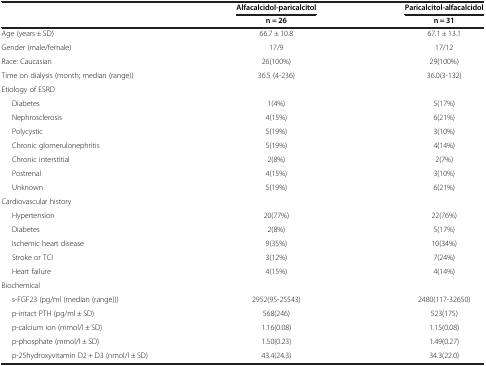
<table><thead><tr><td rowspan="2"><b> </b></td><td><b>Alfacalcidol-paricalcitol</b></td><td><b>Paricalcitol-alfacalcidol</b></td></tr><tr><td><b>n = 26</b></td><td><b>n = 31</b></td></tr></thead><tbody><tr><td>Age (years ± SD)</td><td>66.7 ± 10.8</td><td>67.1 ± 13.1</td></tr><tr><td>Gender (male/female)</td><td>17/9</td><td>17/12</td></tr><tr><td>Race: Caucasian</td><td>26(100%)</td><td>29(100%)</td></tr><tr><td>Time on dialysis (month; median (range))</td><td>36.5 (4-236)</td><td>36.0(3-132)</td></tr><tr><td>Etiology of ESRD</td><td> </td><td> </td></tr><tr><td>Diabetes</td><td>1(4%)</td><td>5(17%)</td></tr><tr><td>Nephrosclerosis</td><td>4(15%)</td><td>6(21%)</td></tr><tr><td>Polycystic</td><td>5(19%)</td><td>3(10%)</td></tr><tr><td>Chronic glomerulonephritis</td><td>5(19%)</td><td>4(14%)</td></tr><tr><td>Chronic interstitial</td><td>2(8%)</td><td>2(7%)</td></tr><tr><td>Postrenal</td><td>4(15%)</td><td>3(10%)</td></tr><tr><td>Unknown</td><td>5(19%)</td><td>6(21%)</td></tr><tr><td>Cardiovascular history</td><td> </td><td> </td></tr><tr><td>Hypertension</td><td>20(77%)</td><td>22(76%)</td></tr><tr><td>Diabetes</td><td>2(8%)</td><td>5(17%)</td></tr><tr><td>Ischemic heart disease</td><td>9(35%)</td><td>10(34%)</td></tr><tr><td>Stroke or TCI</td><td>3(12%)</td><td>7(24%)</td></tr><tr><td>Heart failure</td><td>4(15%)</td><td>4(14%)</td></tr><tr><td>Biochemical</td><td> </td><td> </td></tr><tr><td>s-FGF23 (pg/ml (median (range)))</td><td>2952(95-25543)</td><td>2480(117-32650)</td></tr><tr><td>p-intact PTH (pg/ml ± SD)</td><td>568(246)</td><td>523(175)</td></tr><tr><td>p-calcium ion (mmol/l ± SD)</td><td>1.16(0.08)</td><td>1.15(0.08)</td></tr><tr><td>p-phosphate (mmol/l ± SD)</td><td>1.50(0.23)</td><td>1.49(0.27)</td></tr><tr><td>p-25hydroxyvitamin D2 + D3 (nmol/l ± SD)</td><td>43.4(24.3)</td><td>34.3(22.0)</td></tr></tbody></table>